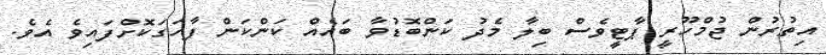
އިތުރުން ޖުމްހޫރީ ޕާޓީވެސް ބިލާ މެދު ކަންބޮޑުވާ ބައެއް ކަންކަން ފާހަގަކޮށްފައިވެ އެވެ.